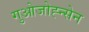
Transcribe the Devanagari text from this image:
गुओजोह्न्सेन